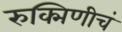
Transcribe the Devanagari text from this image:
रुक्मिणीचं